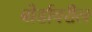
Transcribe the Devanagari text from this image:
बोर्डावरील